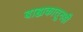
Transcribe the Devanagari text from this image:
बाह्यकातूनही